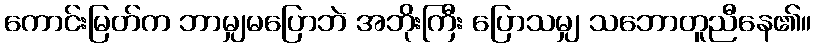
ကောင်းမြတ်က ဘာမျှမပြောဘဲ အဘိုးကြီး ပြောသမျှ သဘောတူညီနေ၏။